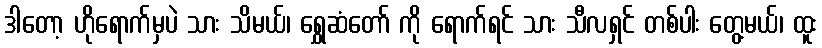
ဒါတော့ ဟိုရောက်မှပဲ သား သိမယ်၊ ရွှေဆံတော် ကို ရောက်ရင် သား သီလရှင် တစ်ပါး တွေ့မယ်၊ ထူး